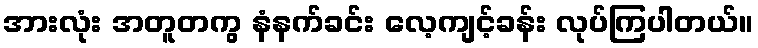
အားလုံး အတူတကွ နံနက်ခင်း လေ့ကျင့်ခန်း လုပ်ကြပါတယ်။